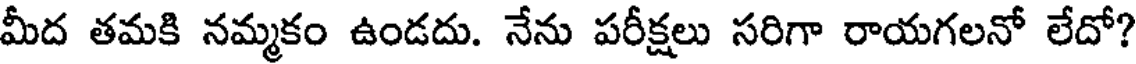
మీద తమకి నమ్మకం ఉండదు. నేను పరీక్షలు సరిగా రాయగలనో లేదో?